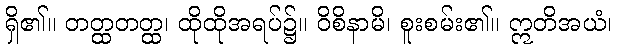
ရှိ၏။ တတ္ထတတ္ထ၊ ထိုထိုအရပ်၌။ ဝိစိနာမိ၊ စူးစမ်း၏။ ဣတိအယံ၊